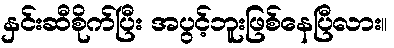
နှင်းဆီစိုက်ပြီး အပွင့်ဘူးဖြစ်နေပြီလား။